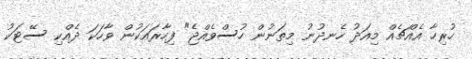
ހުރިހާ އެއްޗެއް މިއަދު ހެނދުނު މިތަނުން ހުސްވެއްޖެ" ފިހާރައަކުން ވާހަކަ ދެއްކި ސޭޓަކު